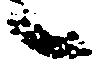
候